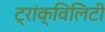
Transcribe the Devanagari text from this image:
ट्रांक्विलिटी